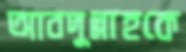
আবদুল্লাহকে